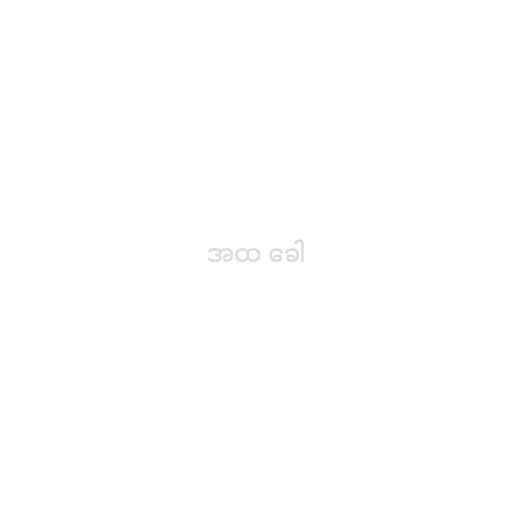
အထ ခေါ